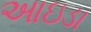
આઇડા